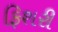
ફિશરી